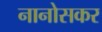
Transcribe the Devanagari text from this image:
नानोसकर